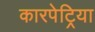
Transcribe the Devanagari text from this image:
कारपेट्रिया